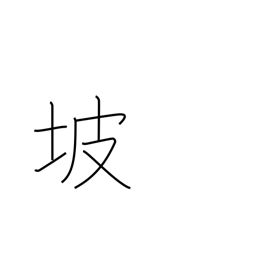
Meaning: dam